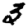
Digit: 3